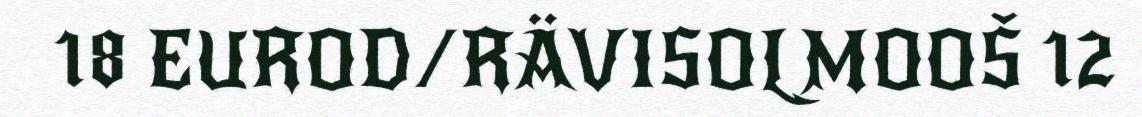
18 EUROD/RÄVISOLMOOŠ 12